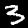
Label: 3